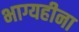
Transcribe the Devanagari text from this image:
भाग्यहीना